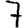
Digit: 7